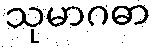
သုမာဂဓာ